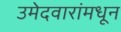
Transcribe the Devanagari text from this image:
उमेदवारांमधून